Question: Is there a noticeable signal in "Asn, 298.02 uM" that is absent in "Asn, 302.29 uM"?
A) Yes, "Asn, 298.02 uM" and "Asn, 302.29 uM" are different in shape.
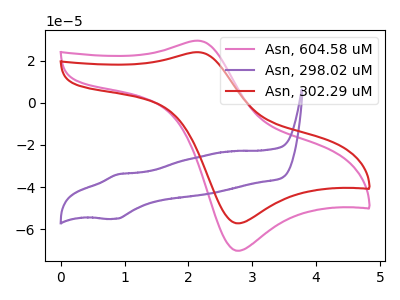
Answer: <think>The pink curve "Asn, 604.58 uM" has an anodic peak at (2.15V, 29.45uA) and a cathodic peak at (2.80V, -70.15uA). The purple curve "Asn, 298.02 uM" has an anodic peak at (0.90V, -33.95uA) and a cathodic peak at (0.85V, -55.00uA). The red curve "Asn, 302.29 uM" has an anodic peak at (2.15V, 24.00uA) and a cathodic peak at (2.80V, -57.15uA).
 "Asn, 298.02 uM" and "Asn, 302.29 uM" have at least one peak that do not match.</think>
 <answer>A) Yes, "Asn, 298.02 uM" and "Asn, 302.29 uM" are different in shape.</answer>
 <eval>A</eval>